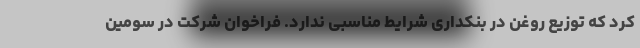
کرد که توزیع روغن در بنکداری شرایط مناسبی ندارد. فراخوان شرکت در سومین